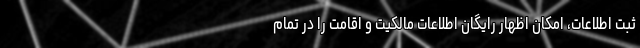
ثبت اطلاعات، امکان اظهار رایگان اطلاعات مالکیت و اقامت را در تمام